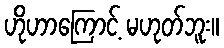
ဟိုဟာကြောင့် မဟုတ်ဘူး။